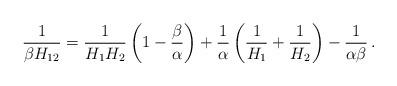
LaTeX: \begin{align*}\frac {1}{\beta H_{12}} = \frac {1}{H_1H_2} \left( 1 - \frac {\beta}{\alpha}\right) + \frac {1}{\alpha} \left( \frac {1}{H_1} + \frac {1}{H_2}\right) - \frac {1}{\alpha\beta}\,.\end{align*}